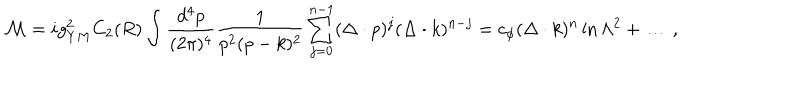
{ \cal M } = i g _ { Y M } ^ { 2 } C _ { 2 } ( R ) \int { \frac { d ^ { 4 } p } { ( 2 \pi ) ^ { 4 } } } { \frac { 1 } { p ^ { 2 } ( p - k ) ^ { 2 } } } \sum _ { j = 0 } ^ { n - 1 } ( \Delta \cdot p ) ^ { j } ( \Delta \cdot k ) ^ { n - j } = c _ { \phi } ( \Delta \cdot k ) ^ { n } \ln \Lambda ^ { 2 } + \ldots \, ,